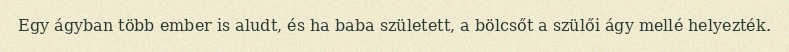
Egy ágyban több ember is aludt, és ha baba született, a bölcsőt a szülői ágy mellé helyezték.